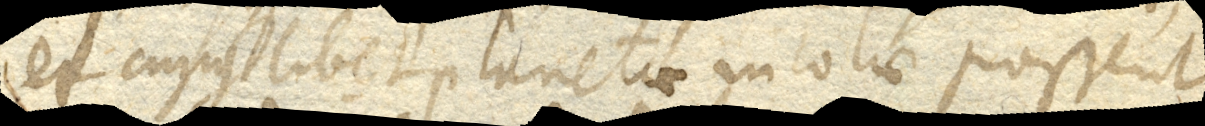
et cujuslibet planetae incolae possent